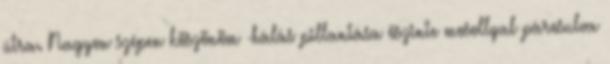
útra. Nagyon szépen köszönöm -hálás pillantása őszinte mosollyal párosulva